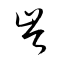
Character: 岑